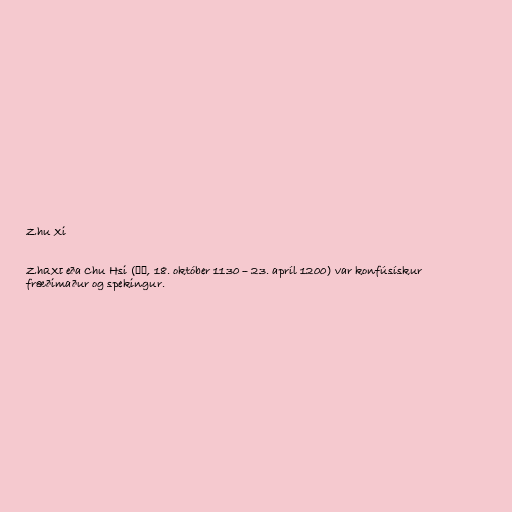
Zhu Xi

Zhū​Xī eða Chu Hsi (朱熹, 18. október 1130 – 23. apríl 1200) var konfúsískur
fræðimaður og spekingur.